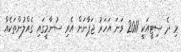
މި ދެ ސިޓީއަކީ 2011 ވަނަ އަހަރު ޖަޕާނަށް އެރި ސުނާމީގައި ގެއްލުންތަކެއް